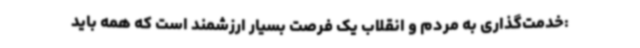
:خدمت‌گذاری به مردم و انقلاب یک فرصت بسیار ارزشمند است که همه باید